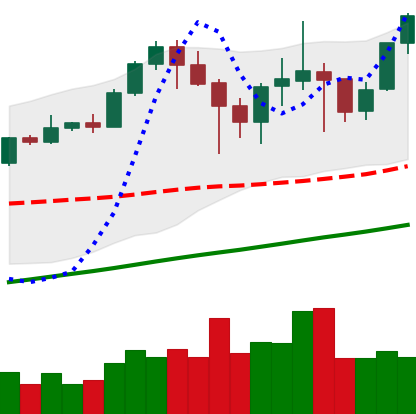
Ticker: ETH-USD
Chart end date: 2021-04-27
Forward return: 10.86%
Label: up_7plus